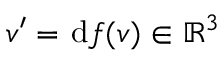
\boldsymbol { v } ^ { \prime } = \; \! \mathrm { d } f ( \boldsymbol { v } ) \in \mathbb { R } ^ { 3 }